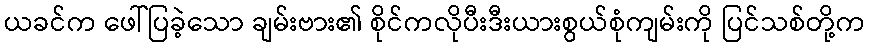
ယခင်က ဖေါ်ပြခဲ့သော ချမ်းဗား၏ စိုင်ကလိုပီးဒီးယားစွယ်စုံကျမ်းကို ပြင်သစ်တို့က